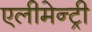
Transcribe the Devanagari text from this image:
एलीमेन्ट्री